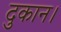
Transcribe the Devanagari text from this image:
दुकान।